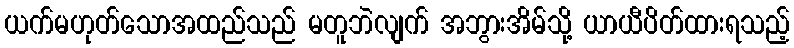
ယက်မဟုတ်သောအထည်သည် မတူဘဲလျက် အဘွားအိမ်သို့ ယာယီပိတ်ထားရသည့်